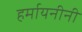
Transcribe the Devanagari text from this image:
हर्मायनीनी